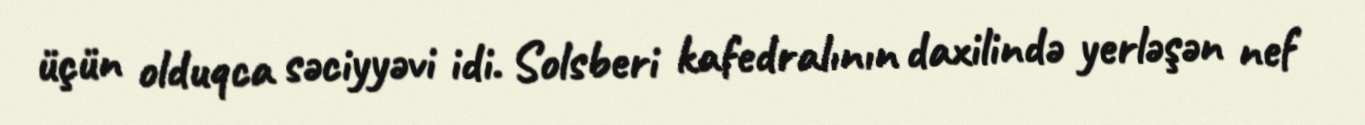
üçün olduqca səciyyəvi idi. Solsberi kafedralının daxilində yerləşən nef